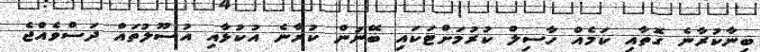
ބިނާކުރާނެ ގޮތާއި ކަމެއް ހާސިލް ކުރުމަށްޓަކައި ބޭނުން ކުރާނެ އުކުޅާއި އުސޫލުތައް ދަސްވެއްޖެ